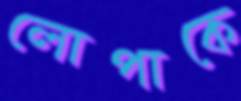
লোপাকে